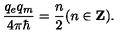
{ \frac { q _ { e } q _ { m } } { 4 \pi \hbar } } = { \frac { n } { 2 } } ( n \in { \bf Z } ) .